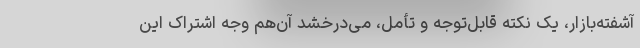
آشفته‌بازار، یک نکته قابل‌توجه و تأمل، می‌درخشد آن‌هم وجه اشتراک این